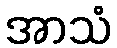
အာသံ